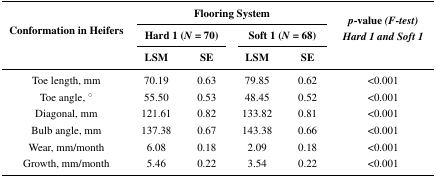
| <ROWSPAN=3> Conformation in Heifers | <COLSPAN=4> Flooring System | <ROWSPAN=3> p-value (F-test) Hard 1 and Soft 1 |
 | <COLSPAN=2> Hard 1 (N = 70) | <COLSPAN=2> Soft 1 (N = 68) |
 | LSM | SE | LSM | SE |
 | --- | --- | --- | --- | --- | --- |
 | Toe length, mm | 70.19 | 0.63 | 79.85 | 0.62 | <0.001 |
 | Toe angle, ° | 55.50 | 0.53 | 48.45 | 0.52 | <0.001 |
 | Diagonal, mm | 121.61 | 0.82 | 133.82 | 0.81 | <0.001 |
 | Bulb angle, mm | 137.38 | 0.67 | 143.38 | 0.66 | <0.001 |
 | Wear, mm/month | 6.08 | 0.18 | 2.09 | 0.18 | <0.001 |
 | Growth, mm/month | 5.46 | 0.22 | 3.54 | 0.22 | <0.001 |